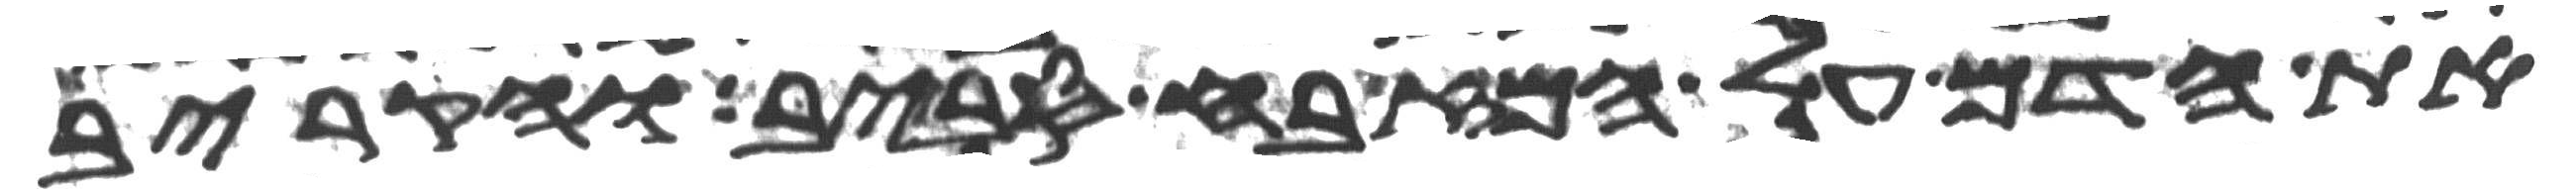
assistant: את הדם על המזבח סביב והקריב